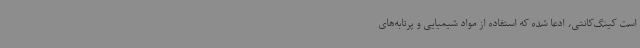
است کینگ‌کانتی، ادعا شده که استفاده از مواد شیمیایی و پرتابه‌های